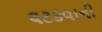
લટકવાની